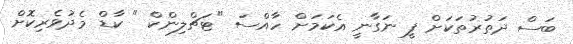
ބަސް ދަތުރުތަކަށް ފީ ނަގާނީ އެކަމަށް ހާއްސަ "ޓަޗްލިންކް " ކާޑް މެދުވެރިކޮށް